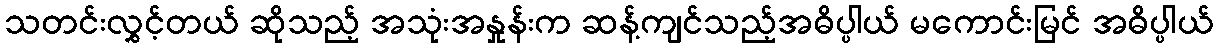
သတင်းလွှင့်တယ် ဆိုသည့် အသုံးအနှုန်းက ဆန့်ကျင်သည့်အဓိပ္ပါယ် မကောင်းမြင် အဓိပ္ပါယ်